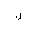
Letter: _lam